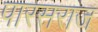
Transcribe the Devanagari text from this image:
पारसराज